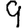
Digit: 9